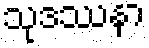
သုဒဿနာ